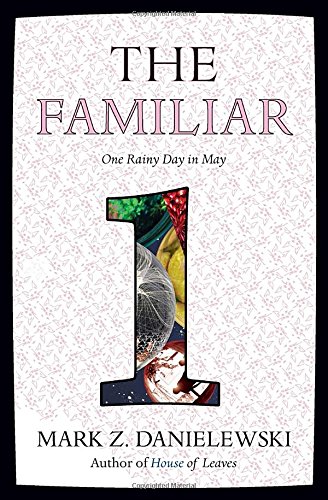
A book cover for The Familiar, Volume 1: One Rainy Day in May; Mark Z. Danielewski; Mystery, Thriller & Suspense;